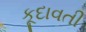
કૂદાવતી